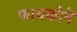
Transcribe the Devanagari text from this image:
फायकोने